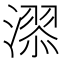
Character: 𣽓